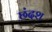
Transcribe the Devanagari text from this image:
छंदश